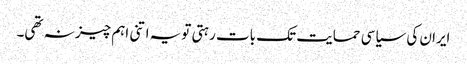
ایران کی سیاسی حمایت تک بات رہتی تویہ اتنی اہم چیز نہ تھی۔